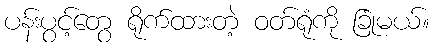
ပန်းပွင့်တွေ ရိုက်ထားတဲ့ ဝတ်ရုံကို ခြုံမယ်။